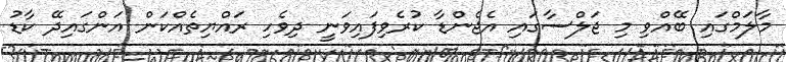
މާލަމްގައި ބޭއްވި މި ޖަލްސާގައި އެޖެންޑާ ކުރެވިފައިވަނީ ދިވެހި ރައްޔިތެއްކަން އަންގައިދޭ ކާޑު